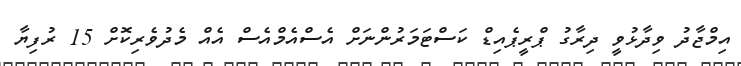
އިމްޖާދު ވިދާޅުވީ ދިރާގު ޕްރީޕެއިޑް ކަސްޓަމަރުންނަށް އެސްއެމްއެސް އެއް މެދުވެރިކޮށް 15 ރުފިޔާ